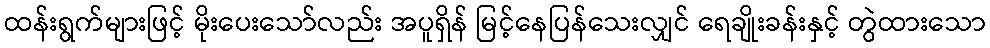
ထန်းရွက်များဖြင့် မိုးပေးသော်လည်း အပူရှိန် မြင့်နေပြန်သေးလျှင် ရေချိုးခန်းနှင့် တွဲထားသော